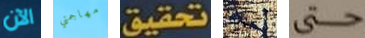
الآن مهاجمتي تحقيق إحسان حتى